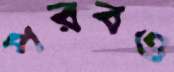
পরবও